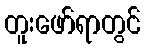
တူးဖော်ရာတွင်